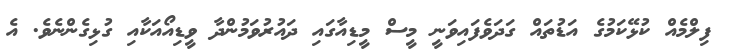
ފިލްމެއް ކުޅޭކަމުގެ އަޑުތައް ގަދަވެފައިވަނީ މީސް މީޑިއާގައި ދައުރުވަމުންދާ ވީޑިއޯއަކާއި ގުޅިގެންނެވެ. އެ